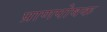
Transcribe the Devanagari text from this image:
प्राणपोषक